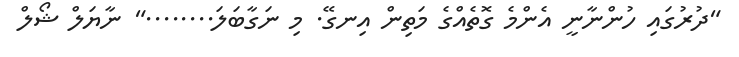
"ދުރުގައި ހުންނާނީ އެންމެ ގޮތެއްގެ މަތިން އިނގޭ. މި ނަގާބަލަ........" ނާޔަލް ޝޯލް